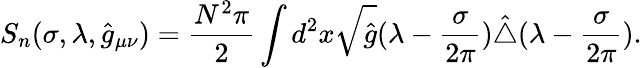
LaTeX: S_{n}(\sigma,\lambda,\hat{g}_{\mu\nu})={\frac{N^{2}\pi}{2}}\int d^{2}x\sqrt{\hat{g}}(\lambda-{\frac{\sigma}{2\pi}})\hat{\triangle}(\lambda-{\frac{\sigma}{2\pi}}).